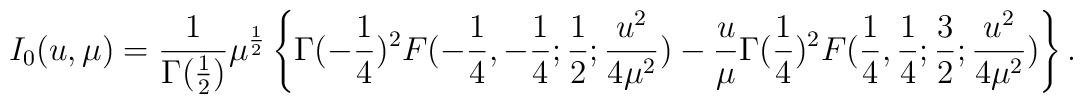
I_{0}(u,\mu)={1\over \Gamma({1\over2})}\mu^{{1\over2}}\left\{\Gamma(-{1\over 4})^{2}F(-{1\over4},-{1\over4};{1\over2}; {u^{2}\over 4\mu^{2}})-{u\over \mu}\Gamma({1\over 4})^{2} F({1\over4},{1\over4};{3\over2}; {u^{2}\over 4\mu^{2}})\right\}.